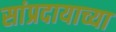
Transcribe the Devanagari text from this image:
सांप्रदायाच्या